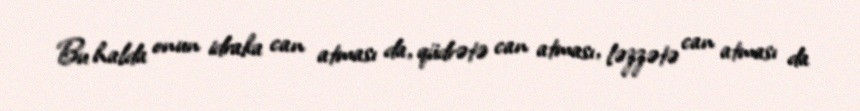
Bu halda onun idraka can atması da, qüdrətə can atması, ləzzətə can atması da